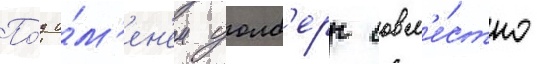
По́д и́м'ен'ем уолб'ерг совм'е́стно